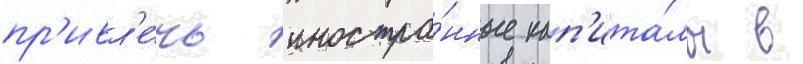
пр'ивл'е́чь иностра́нные кап'ита́лы в